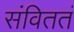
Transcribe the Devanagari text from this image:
संविततं